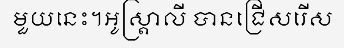
មួយនេះ។អូស្ត្រាលី បានជ្រើសរើស